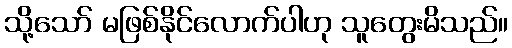
သို့သော် မဖြစ်နိုင်လောက်ပါဟု သူတွေးမိသည်။